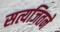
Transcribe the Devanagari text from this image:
सत्यजितने